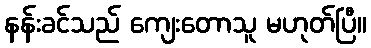
နန်းခင်သည် ကျေးတောသူ မဟုတ်ပြီ။